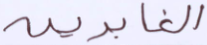
الغابرين